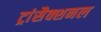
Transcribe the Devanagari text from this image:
ट्रांसैक्शनल